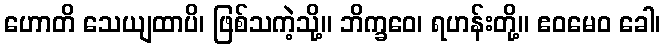
ဟောတိ သေယျထာပိ၊ ဖြစ်သကဲ့သို့။ ဘိက္ခဝေ၊ ရဟန်းတို့။ ဧဝမေဝ ခေါ၊